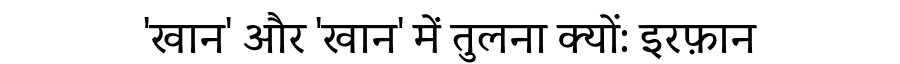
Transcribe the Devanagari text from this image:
'खान' और 'खान' में तुलना क्यों: इरफ़ान